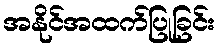
အနိုင်အထက်ပြုခြင်း